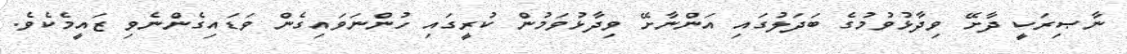
ނާޞިރަކީ ދާށޭ ވިދާޅުވުމުގެ ބަދަލުގައި އަންނާށޭ ވިދާޅުވަމުން ކުރީގައި ހުންނަވައިގެން ވަޑައިގެންނެވި ޒައީމެކެވެ.